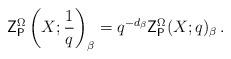
LaTeX: \begin{align*}\mathsf{Z}^\Omega_{\mathsf{P}}\left(X;\frac{1}{q}\right)_\beta = q^{-d_\beta} \mathsf{Z}^\Omega_{\mathsf{P}}(X;q)_\beta\,.\end{align*}